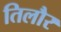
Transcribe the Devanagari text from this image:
तिलौर